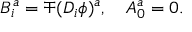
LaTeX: B _ { i } ^ { a } = \mp ( D _ { i } \phi ) ^ { a } , \ \ \ A _ { 0 } ^ { a } = 0 .